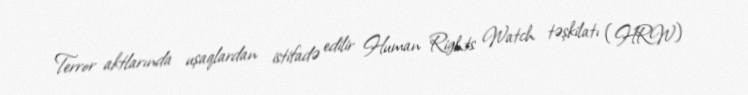
Terror aktlarında uşaqlardan istifadə edilir Human Rights Watch təşkilatı (HRW)